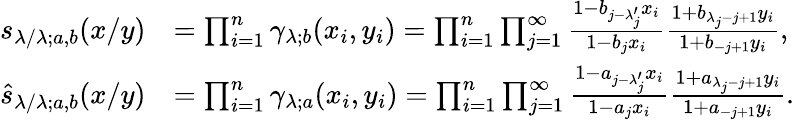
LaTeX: \begin{array}{rl}{s_{\lambda/\lambda;a,b}(x/y)}&{=\prod_{i=1}^{n}\gamma_{\lambda;b}(x_{i},y_{i})=\prod_{i=1}^{n}\prod_{j=1}^{\infty}\frac{1-b_{j-\lambda_{j}^{\prime}}x_{i}}{1-b_{j}x_{i}}\frac{1+b_{\lambda_{j}-j+1}y_{i}}{1+b_{-j+1}y_{i}},}\\ {\widehat{s}_{\lambda/\lambda;a,b}(x/y)}&{=\prod_{i=1}^{n}\gamma_{\lambda;a}(x_{i},y_{i})=\prod_{i=1}^{n}\prod_{j=1}^{\infty}\frac{1-a_{j-\lambda_{j}^{\prime}}x_{i}}{1-a_{j}x_{i}}\frac{1+a_{\lambda_{j}-j+1}y_{i}}{1+a_{-j+1}y_{i}}.}\end{array}